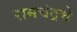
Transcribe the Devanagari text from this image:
रामचंद्रचे